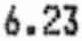
6.23